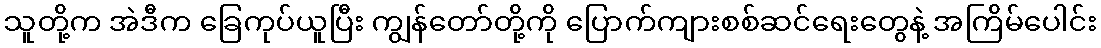
သူတို့က အဲဒီက ခြေကုပ်ယူပြီး ကျွန်တော်တို့ကို ပြောက်ကျားစစ်ဆင်ရေးတွေနဲ့ အကြိမ်ပေါင်း